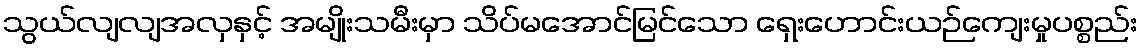
သွယ်လျလျအလှနှင့် အမျိုးသမီးမှာ သိပ်မအောင်မြင်သော ရှေးဟောင်းယဉ်ကျေးမှုပစ္စည်း